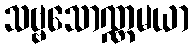
သဗ္ဗသောဏ္ဏမယာ